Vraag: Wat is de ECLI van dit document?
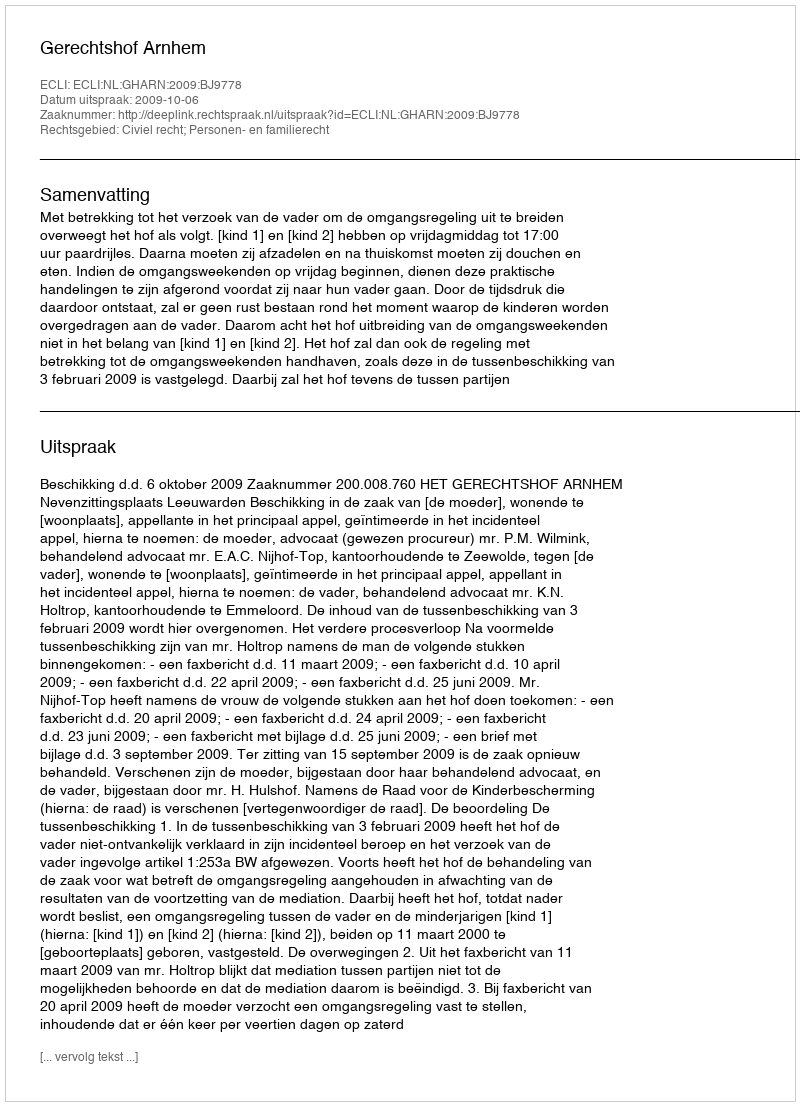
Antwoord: ECLI:NL:GHARN:2009:BJ9778